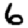
Digit: 6